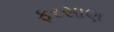
ફરસાણ